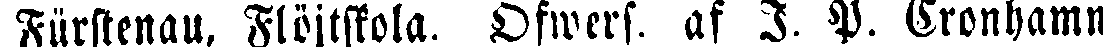
Fürstenau, Flöjtskola. Ofwers. af J. P. Cronhamn